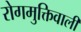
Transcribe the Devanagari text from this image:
रोगमुक्तिवाली